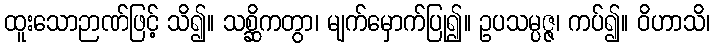
ထူးသောဉာဏ်ဖြင့် သိ၍။ သစ္ဆိကတွာ၊ မျက်မှောက်ပြု၍။ ဥပသမ္ပဇ္ဇ၊ ကပ်၍။ ဝိဟာသိ၊